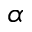
\alpha